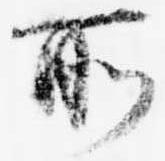
所